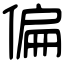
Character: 偏